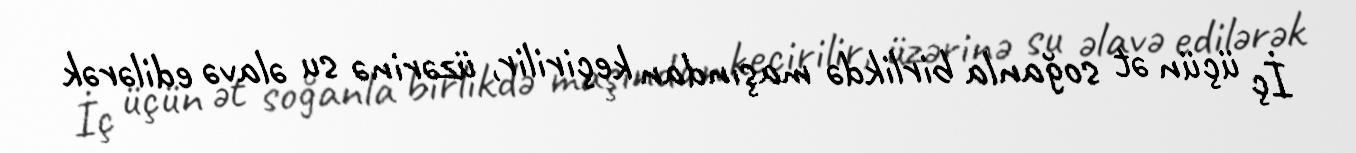
İç üçün ət soğanla birlikdə maşından keçirilir, üzərinə su əlavə edilərək